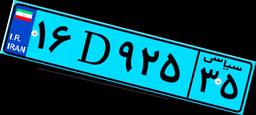
۱۶D۹۲۵۳۵